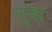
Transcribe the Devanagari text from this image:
लूबा